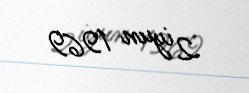
2 iyun 1969